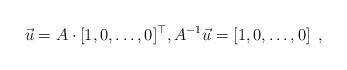
LaTeX: \begin{align*}\vec u = A \cdot [1, 0, \ldots, 0]^{\top}, A^{-1} \vec u = [1, 0, \ldots, 0] \enspace ,\end{align*}